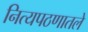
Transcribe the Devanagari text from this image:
नित्यपठणातले